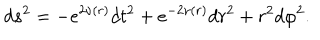
d s ^ { 2 } = - e ^ { 2 \nu ( r ) } d t ^ { 2 } + e ^ { - 2 \nu ( r ) } d r ^ { 2 } + r ^ { 2 } d \varphi ^ { 2 } .